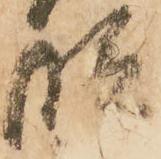
段